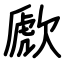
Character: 歋